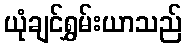
ယုံချင်ရွှမ်းယာသည်